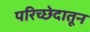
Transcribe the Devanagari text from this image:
परिच्छेदातून